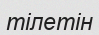
тілетін